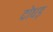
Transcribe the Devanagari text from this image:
दोधड़